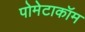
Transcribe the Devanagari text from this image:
पोमेटाकॉम